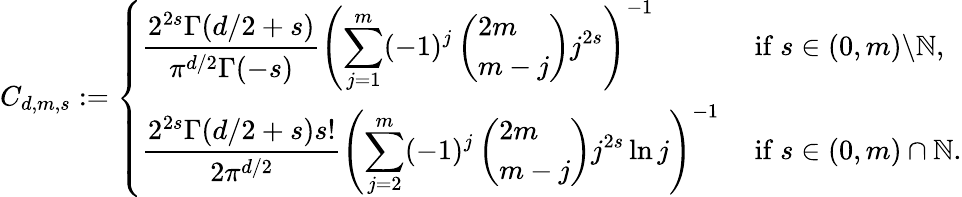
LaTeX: \begin{array}{r}{C_{d,m,s}:=\left\{ \begin{array}{ll}{\displaystyle\frac{2^{2s}\Gamma(d/2+s)}{\pi^{d/2}\Gamma(-s)}\left(\sum_{j=1}^{m}(-1)^{j}\left(\begin{array}{l}{2m}\\ {m-j}\end{array}\right)j^{2s}\right)^{-1}}&{\mathrm{~if~}s\in(0,m)\backslash\mathbb{N},}\\ {\displaystyle\frac{2^{2s}\Gamma(d/2+s)s!}{2\pi^{d/2}}\left(\sum_{j=2}^{m}(-1)^{j}\left(\begin{array}{l}{2m}\\ {m-j}\end{array}\right)j^{2s}\ln j\right)^{-1}}&{\mathrm{~if~}s\in(0,m)\cap\mathbb{N}.}\end{array}\right.}\end{array}